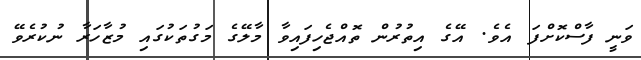
ވަނީ ފާސްކޮށްފަ އެވެ. އޭގެ އިތުރުން ތޮއްޖެހިފައިވާ މާލޭގެ މަގުތަކުގައި މުޒާހަރާ ނުކުރެވޭ